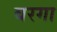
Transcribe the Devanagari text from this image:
बरगा